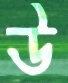
উ